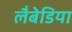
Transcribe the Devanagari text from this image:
लैबेडिया